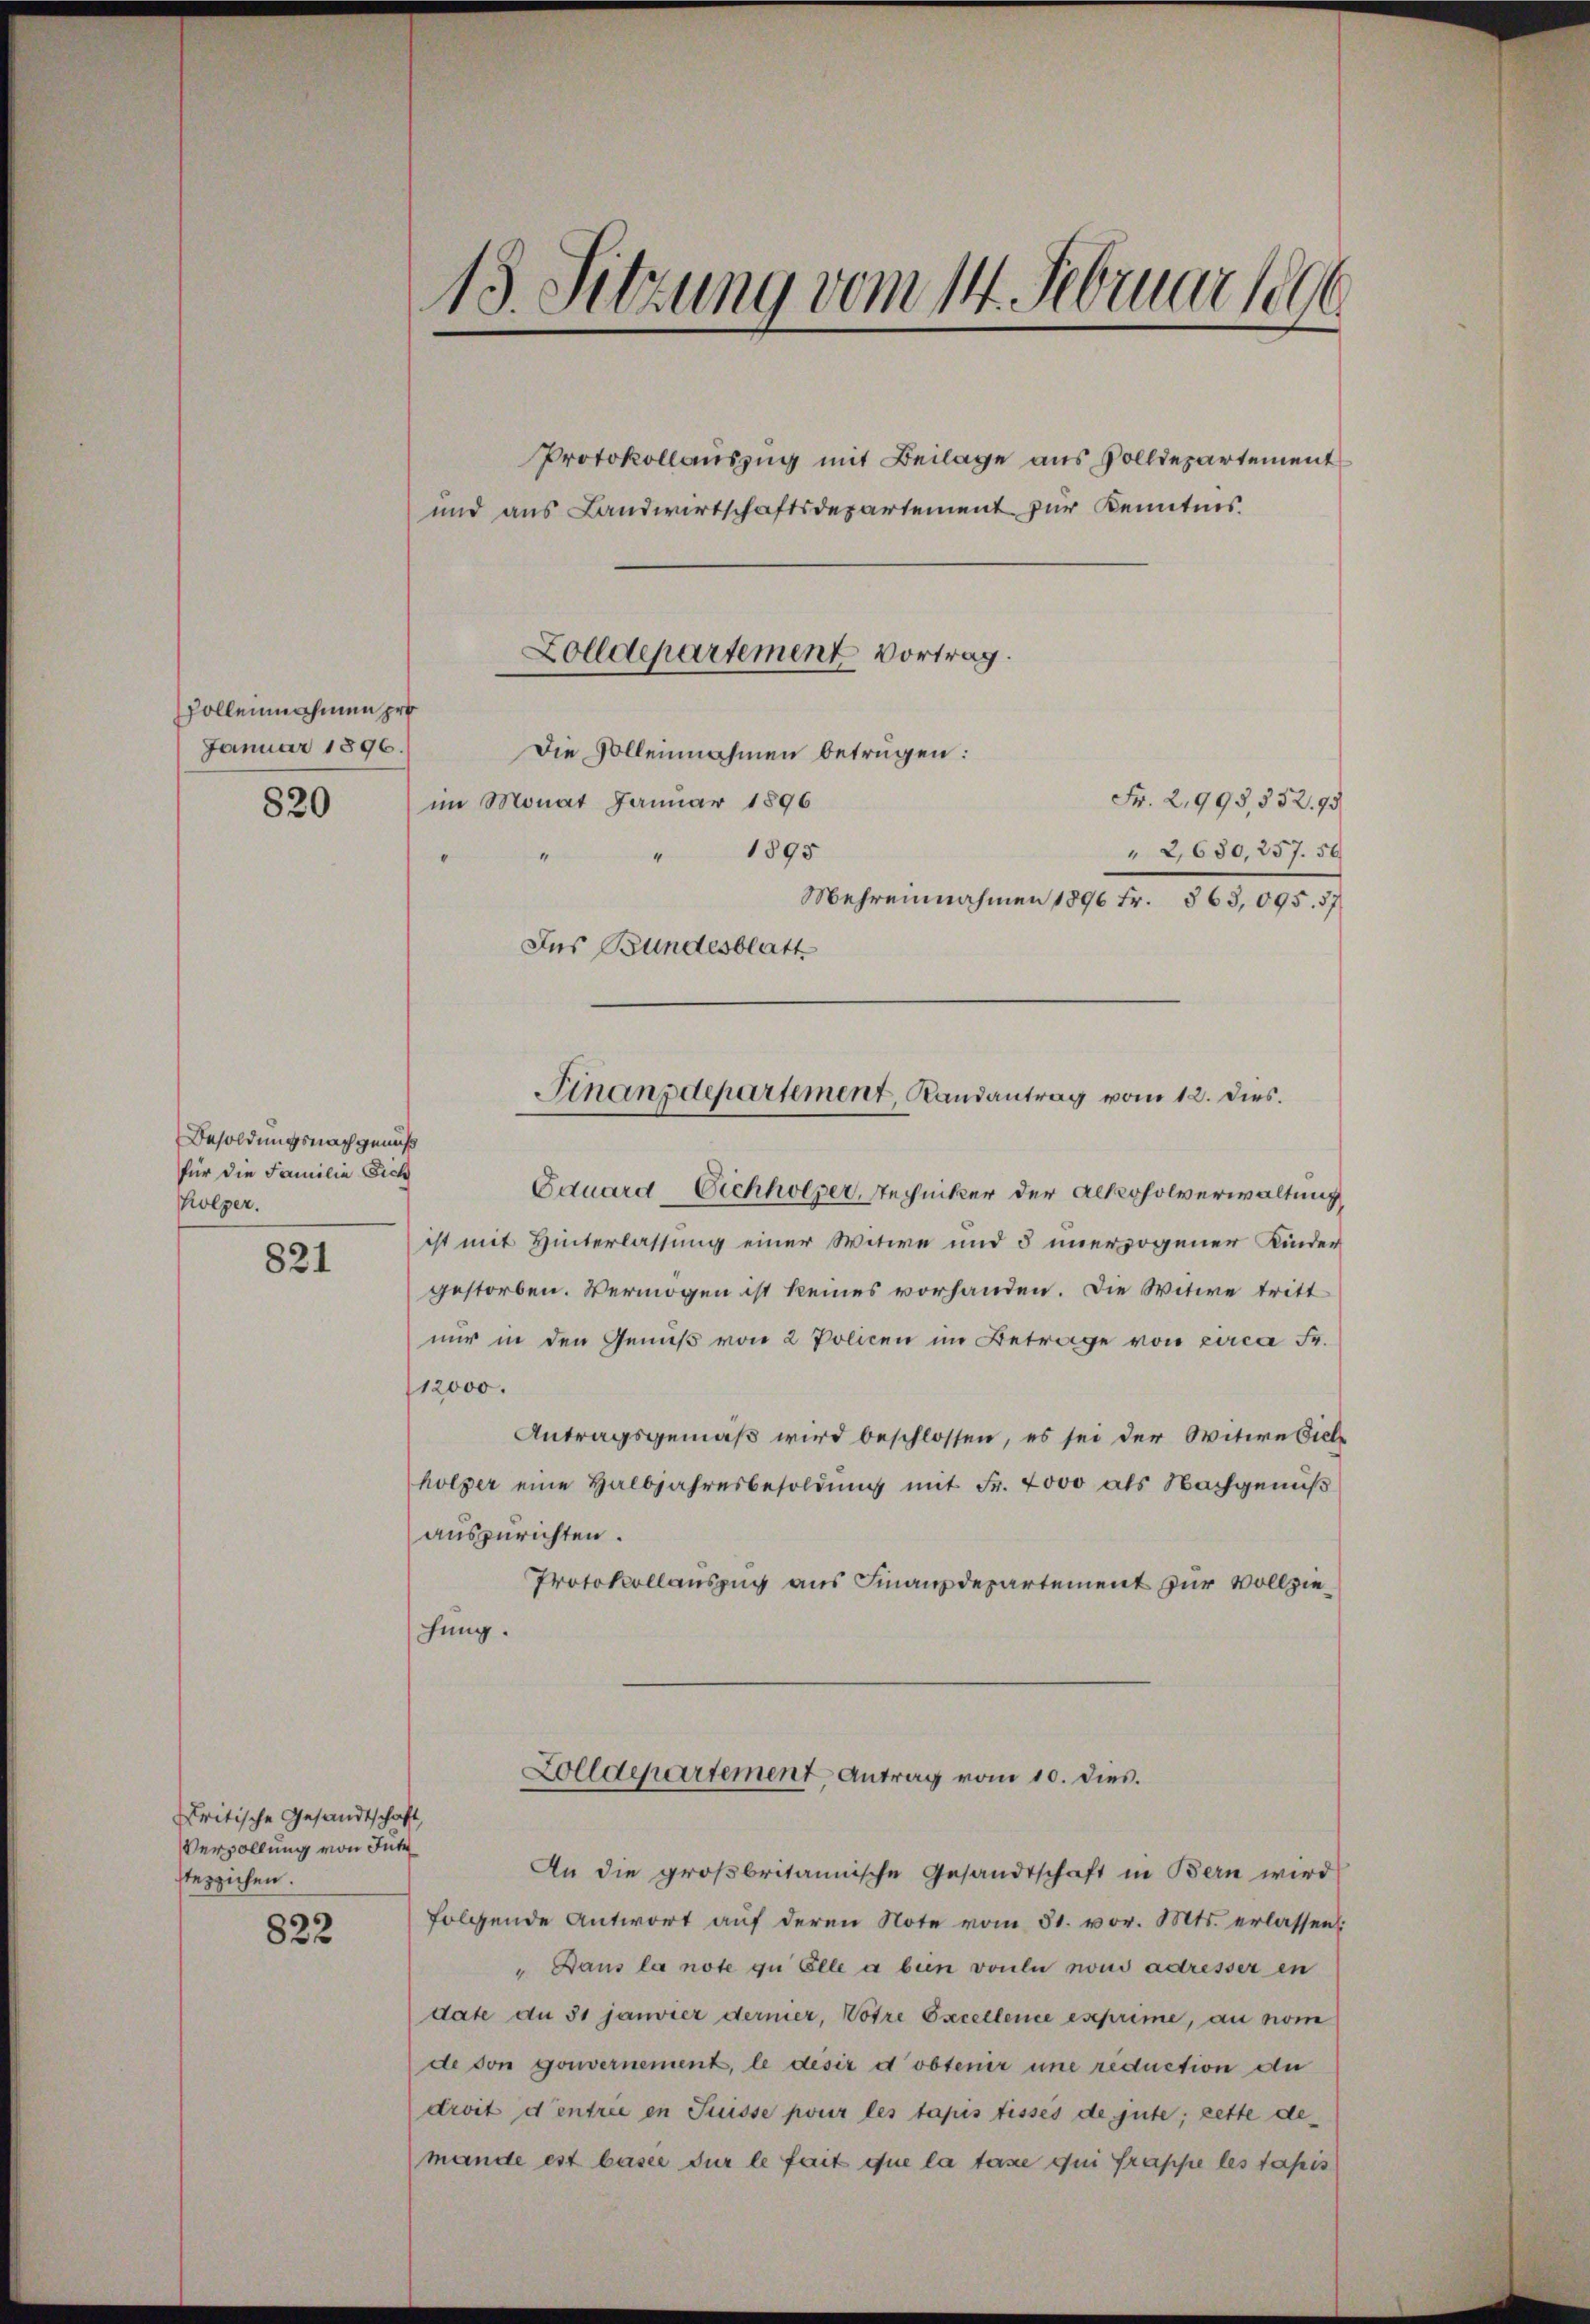
Folleinnahmen pro
Januar 1896.

Besoldungsnachgenuß
für die Familie Sich
Kolger.
821

Kritische Gesandtschaft,
Vervollung von Inte
steppichen.

822

13. Sitzung vom 14. Februar 1896
und aus Landwirtschaftsdepartement zur Kenntnis.
Zolldepartement Vortrag.
Die Vollennahmen betrügen:
Fr. 2,995552. 95
820 im Monat Januar 1896
1895
" 2,680,257. 50
“
“
Mehreinnahmen 1896 Fr. 863,095. 37

Ins Bundesblatt
Eduard Eichholzer, Rechniker der Alkoholverwaltung
ist mit Hinterlassung einer Witwe und § unerzogener Kinder
gestorben. Vermögen ist keines vorhanden. Die Witwe tritt
nur in den Genuß von 2 Policen im Betrage von circa Fr.
112000.
Antragsgemäß wird beschlossen, es sei der Witwe Viele
holzer eine Halbjahresbesoldung mit Fr. 2000 als Nachgenuß
auszurichten.
Protokollauszug aus Finanzdepartement zur Vollziehung.

Protokollauszug mit Beilage aus Volldepartement

Finanzdepartement, Randantrag vom 12. dies.

Zolldepartement Antrag vom 10. dies.

An die großbritannische Gesandtschaft in Bern wird
folgende Antwort aŭf deren Note vom 31. vor. Mts. erlassen:
" Dans la note zu Elle a bein voulu nous adresser in
date du 31 janvier dermer, Votre Excellence eseprime, au nom
de von gouvernement, le desir dobtenir une reduction de
droit et entrie en Suisse pour les tapis tisses de gute; cette demande est baser dur le fait que la taxe qui frappe les tapis